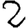
Digit: 2